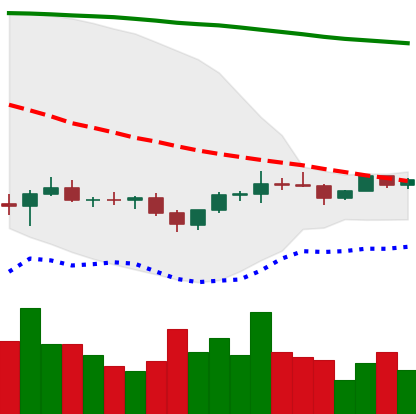
Ticker: EOS-USD
Chart end date: 2022-12-02
Forward return: 5.146%
Label: up_5_7